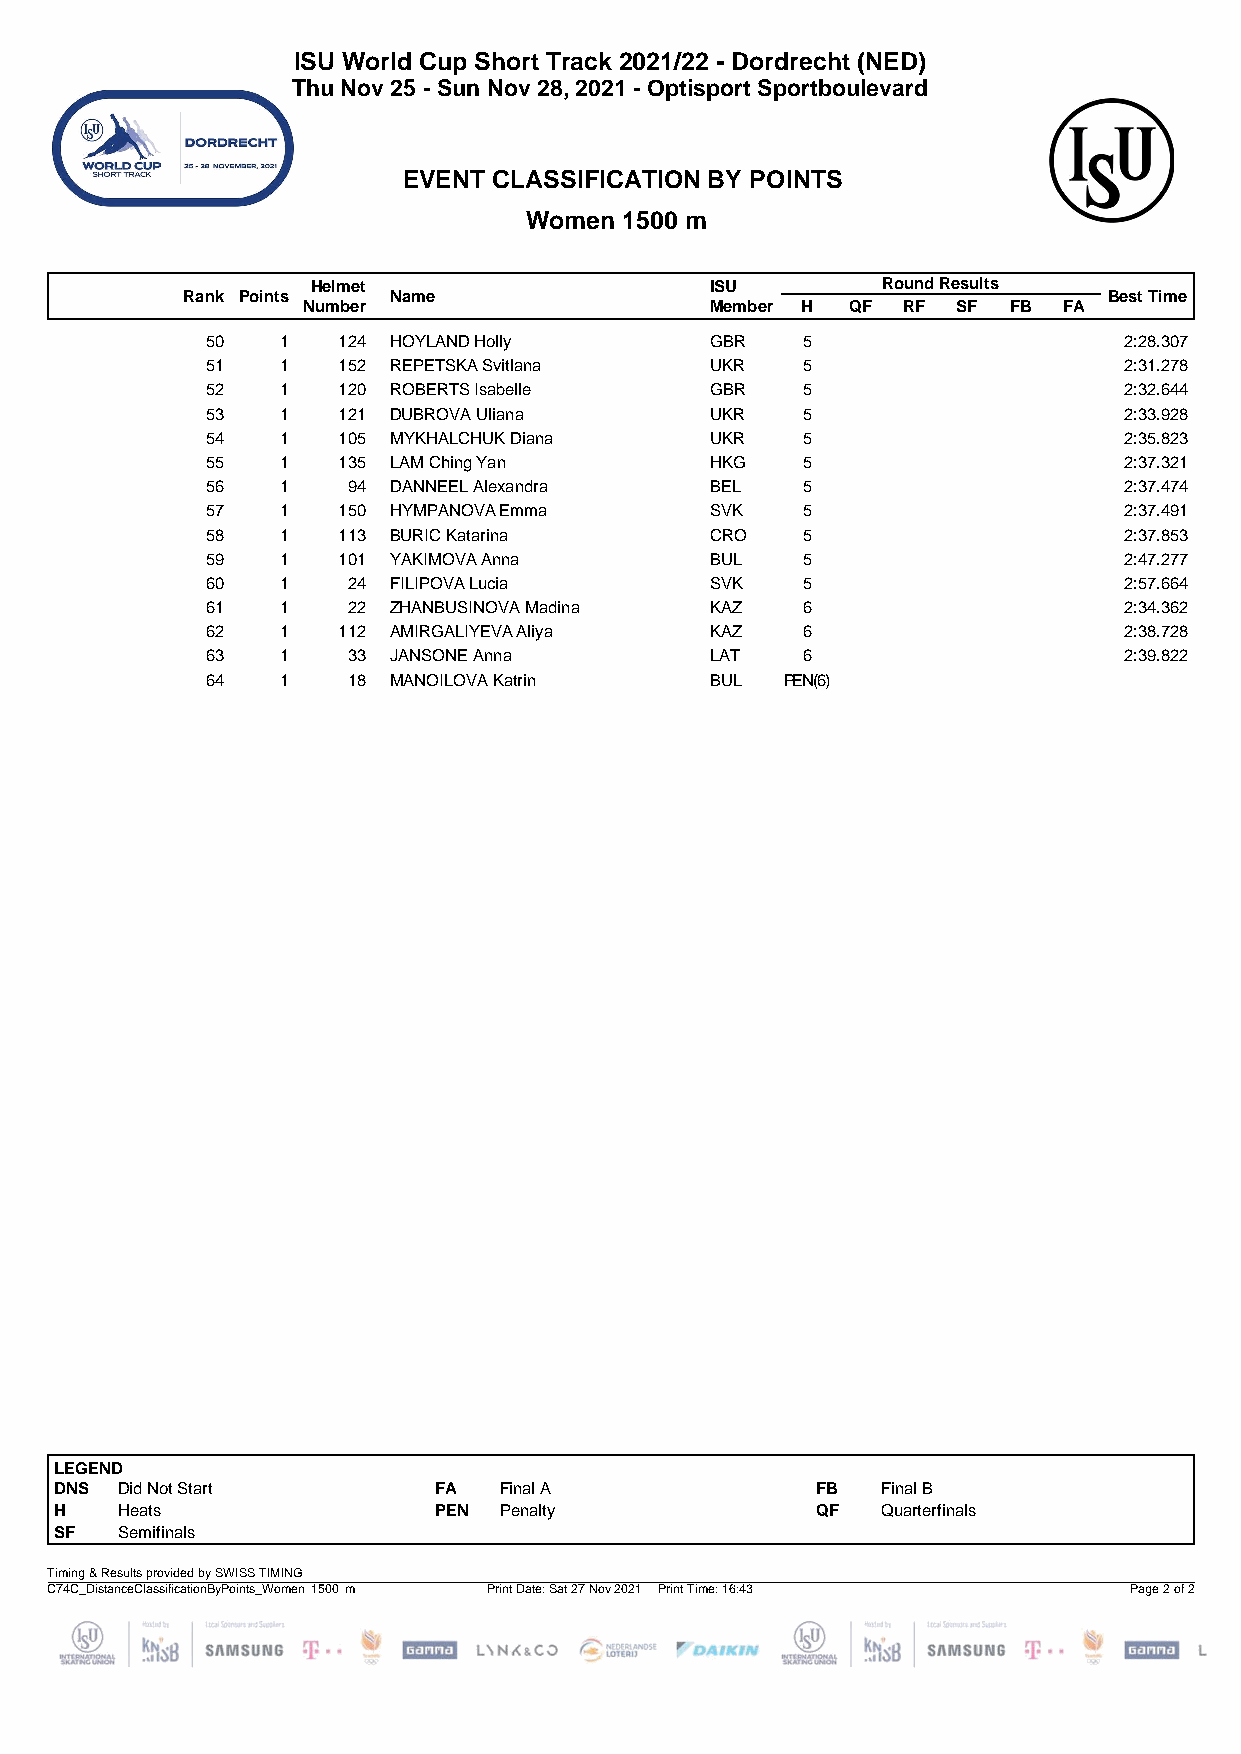
ISU World Cup Short Track 2021/22 - Dordrecht (NED)
 Thu Nov 25 - Sun Nov 28, 2021 - Optisport Sportboulevard
 EVENT CLASSIFICATION BY POINTS
 Women 1500 m
 Helmet                    ISU        Round Results
 Rank Points   Name                                           Best Time
 Number                     Member H QF  RF SF  FB FA
 50   1  124 HOYLAND Holly        GBR   5                    2:28.307
 51   1  152 REPETSKA Svitlana    UKR   5                    2:31.278
 52   1  120 ROBERTS Isabelle     GBR   5                    2:32.644
 53   1  121 DUBROVA Uliana       UKR   5                    2:33.928
 54   1  105 MYKHALCHUK Diana     UKR   5                    2:35.823
 55   1  135 LAM Ching Yan        HKG   5                    2:37.321
 56   1   94 DANNEEL Alexandra    BEL   5                    2:37.474
 57   1  150 HYMPANOVA Emma       SVK   5                    2:37.491
 58   1  113 BURIC Katarina       CRO   5                    2:37.853
 59   1  101 YAKIMOVA Anna        BUL   5                    2:47.277
 60   1   24 FILIPOVA Lucia       SVK   5                    2:57.664
 61   1   22 ZHANBUSINOVA Madina  KAZ   6                    2:34.362
 62   1  112 AMIRGALIYEVA Aliya   KAZ   6                    2:38.728
 63   1   33 JANSONE Anna         LAT   6                    2:39.822
 64   1   18 MANOILOVA Katrin     BUL  PEN(6)
 LEGEND
 DNS Did Not Start        FA  Final A              FB  Final B
 H   Heats                PEN Penalty              QF  Quarterfinals
 SF  Semifinals
 Timing & Results provided by SWISS TIMING
 C74C_DistanceClassificationByPoints_Women 1500 m Print Date: Sat 27 Nov 2021 Print Time: 16:43 Page 2 of 2